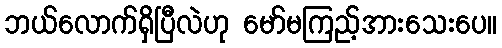
ဘယ်လောက်ရှိပြီလဲဟု မော်မကြည့်အားသေးပေ။